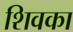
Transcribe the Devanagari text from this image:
शिवका